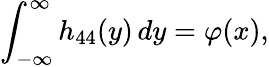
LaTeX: \int_{-\infty}^{\infty}h_{44}(y)\, dy=\varphi(x),